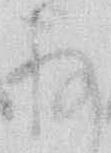
存